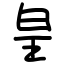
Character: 皇